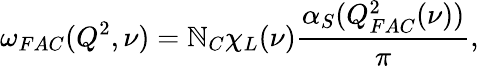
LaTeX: \omega_{FAC}(Q^{2},\nu)=\mathbb{N}_{C}\chi_{L}(\nu)\frac{{\alpha_{S}(Q_{FAC}^{2}(\nu))}}{{\pi}},